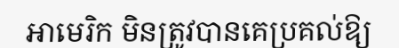
អាមេរិក មិនត្រូវបានគេប្រគល់ឱ្យ